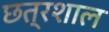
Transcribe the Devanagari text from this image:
छत्रशाल